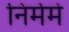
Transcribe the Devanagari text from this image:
निर्ममे